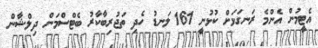
އެޓީމުން އެންމެ ރަނގަޅަށް ކުޅުނީ 161 ލަނޑު ހެދި ތަޖުރިބާކާރު ބެޓްސްމަން ދިލްޝާން